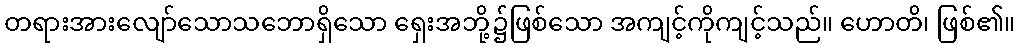
တရားအားလျော်သောသဘောရှိသော ရှေးအဘို့၌ဖြစ်သော အကျင့်ကိုကျင့်သည်။ ဟောတိ၊ ဖြစ်၏။